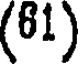
(61)